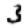
Digit: 3